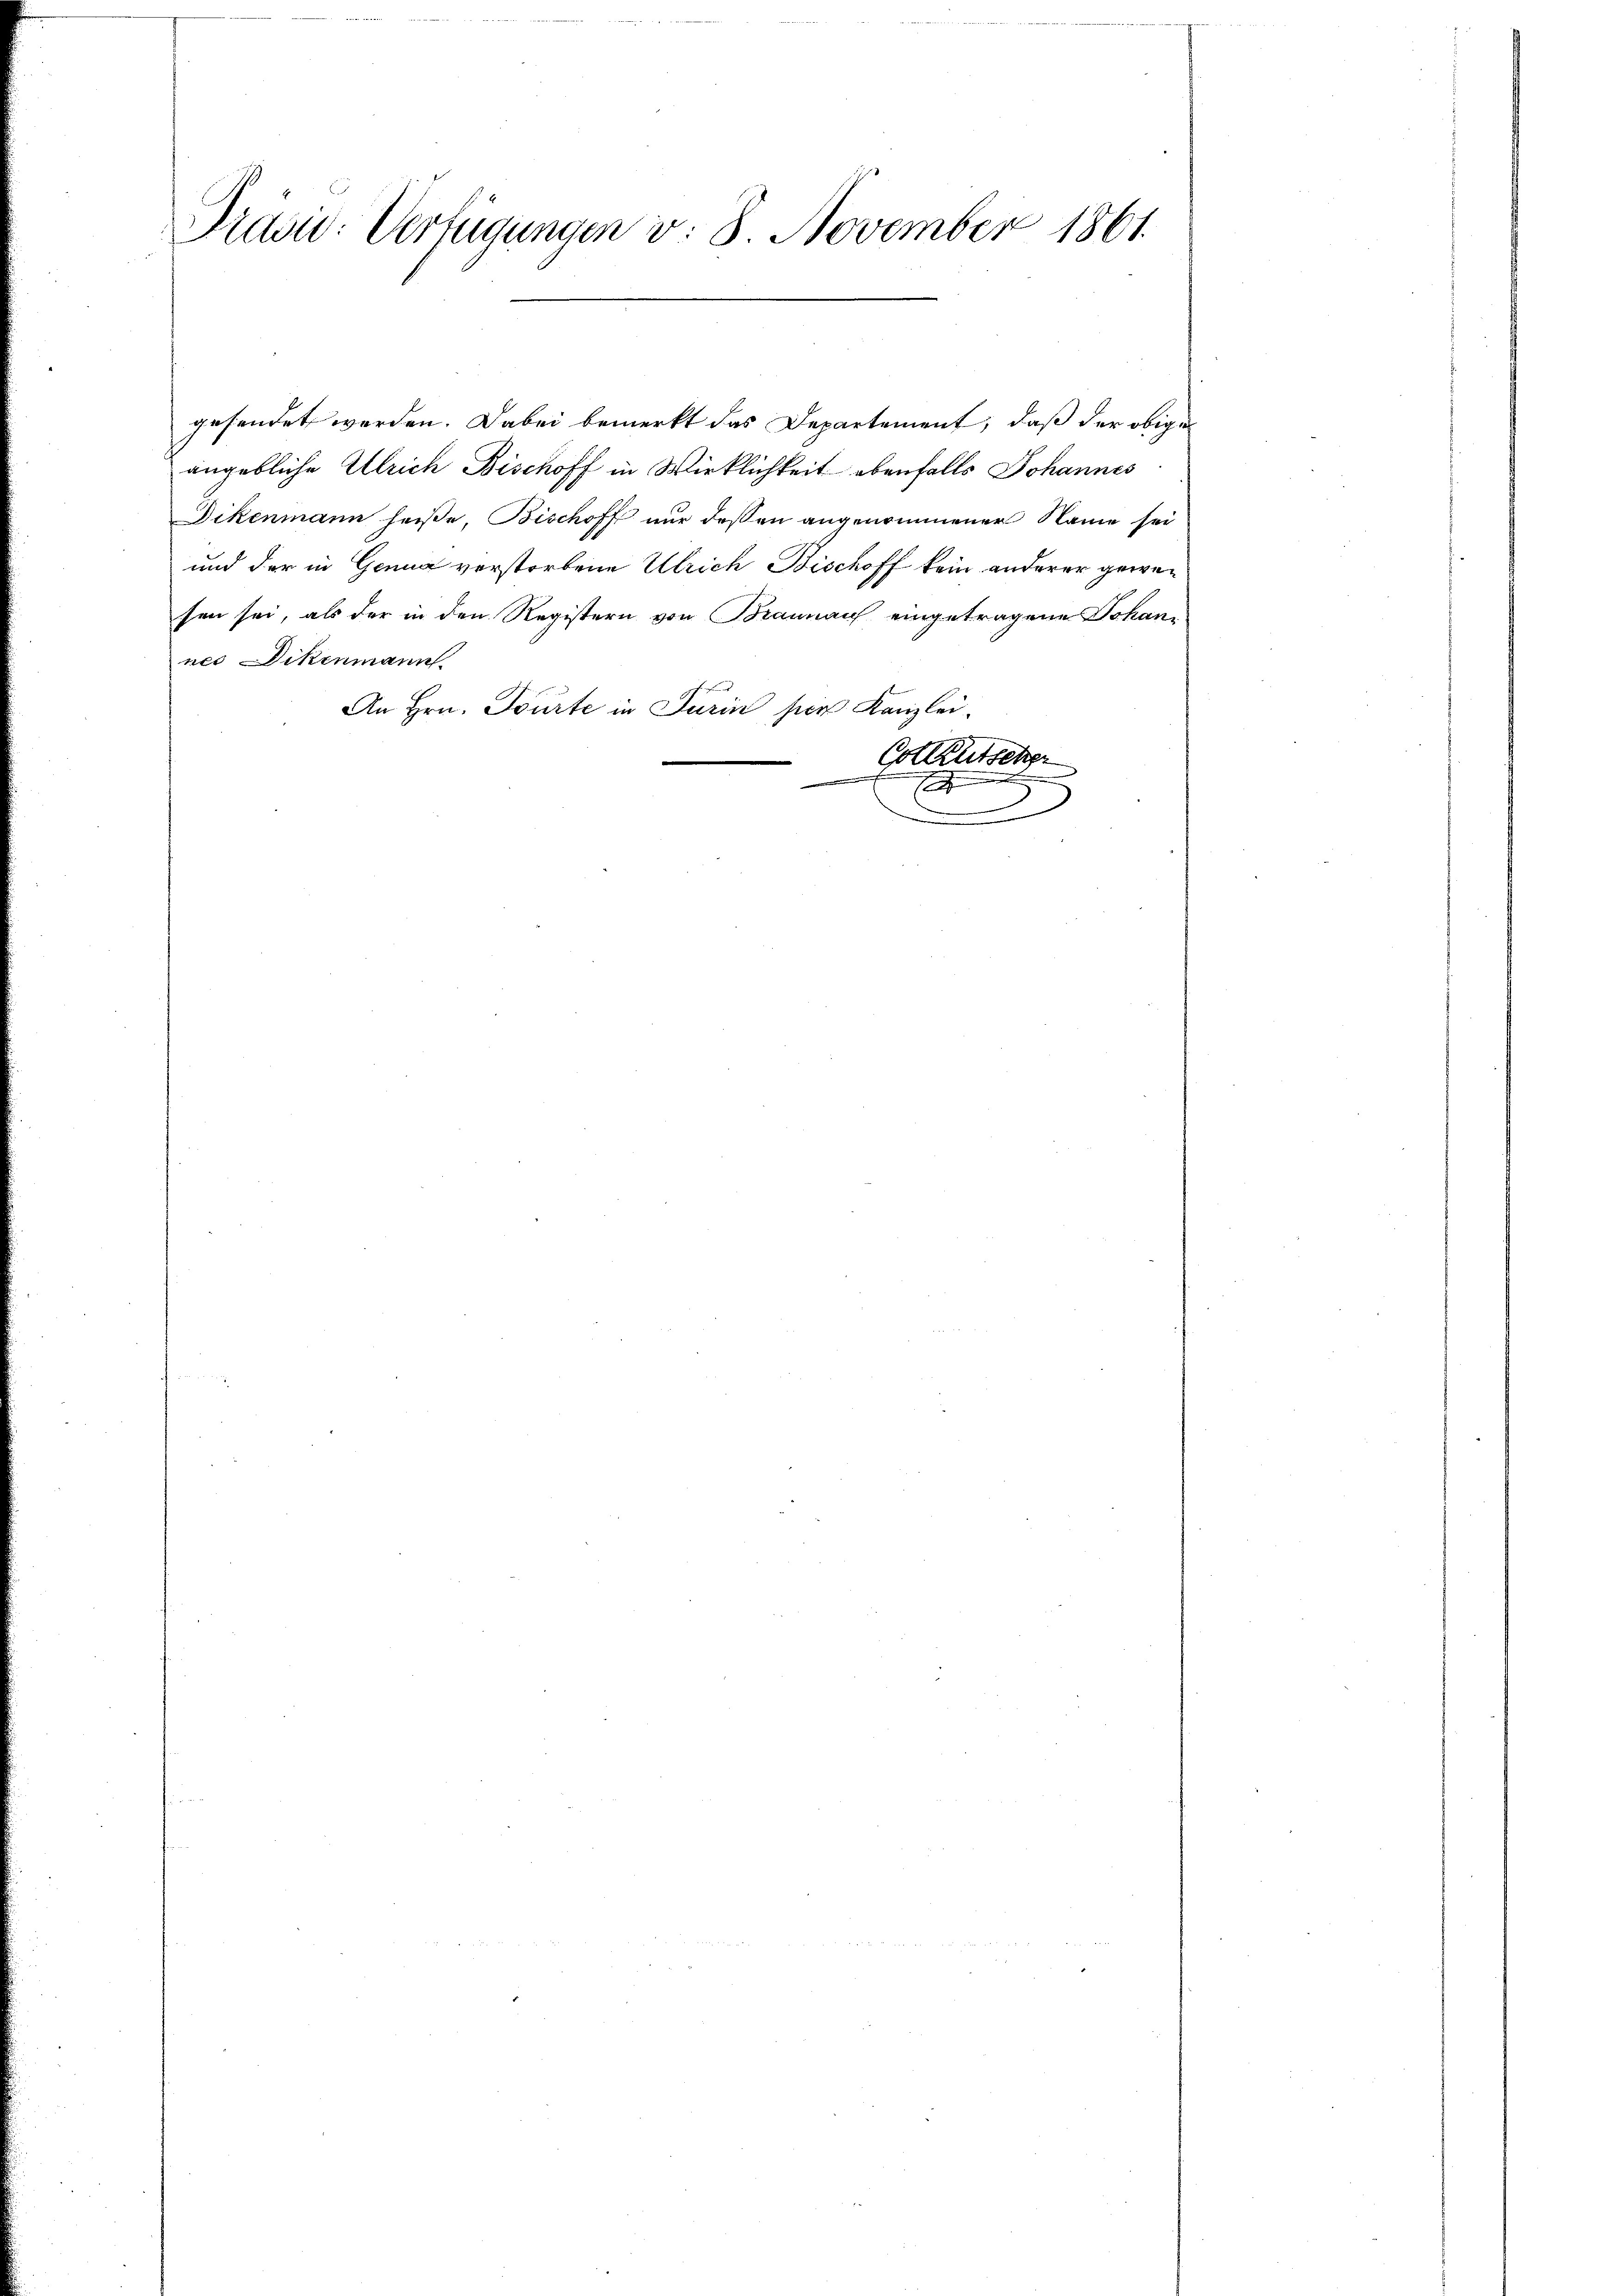
Præsid: Verfügungen v. 8. November 1861.

gesendet werden. Dabei bemerkt das Departement, daß der obige
angebliche Ulrich Bischoff in Wirklichkeit ebenfalls Johannes
Dikenmann heiße, Bischoff nur dessen angenommener Name sei
und der in Genua verstorbene Ulrich Bischoff kein anderer gewesen sei, als der in den Registern von Braunauf eingetragene Johannes Dikenmann.
An Hrn. Tourte in Parin per Kanzlei¬
Collentscher

x
J